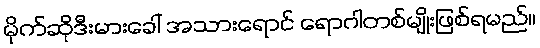
မိုက်ဆိုဒီးမားခေါ် အသားရောင် ရောဂါတစ်မျိုးဖြစ်ရမည်။